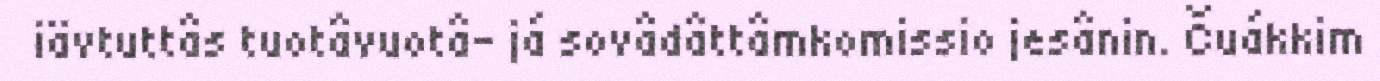
iävtuttâs tuotâvuotâ- já sovâdâttâmkomissio jesânin. Čuákkim